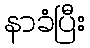
နာခံပြီး